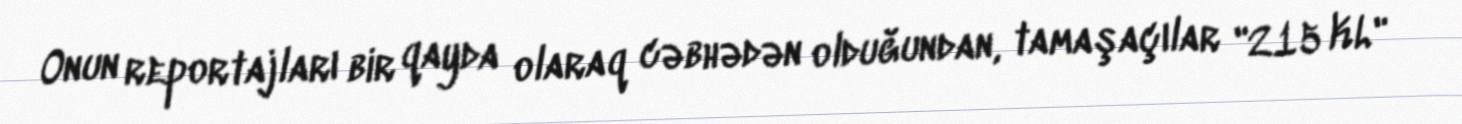
Onun reportajları bir qayda olaraq cəbhədən olduğundan, tamaşaçılar "215 KL"